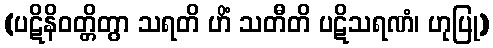
(ပဋိနိဝတ္တိတွာ သရတိ ဟိံ သတီတိ ပဋိသရဏံ၊ ဟုပြု)